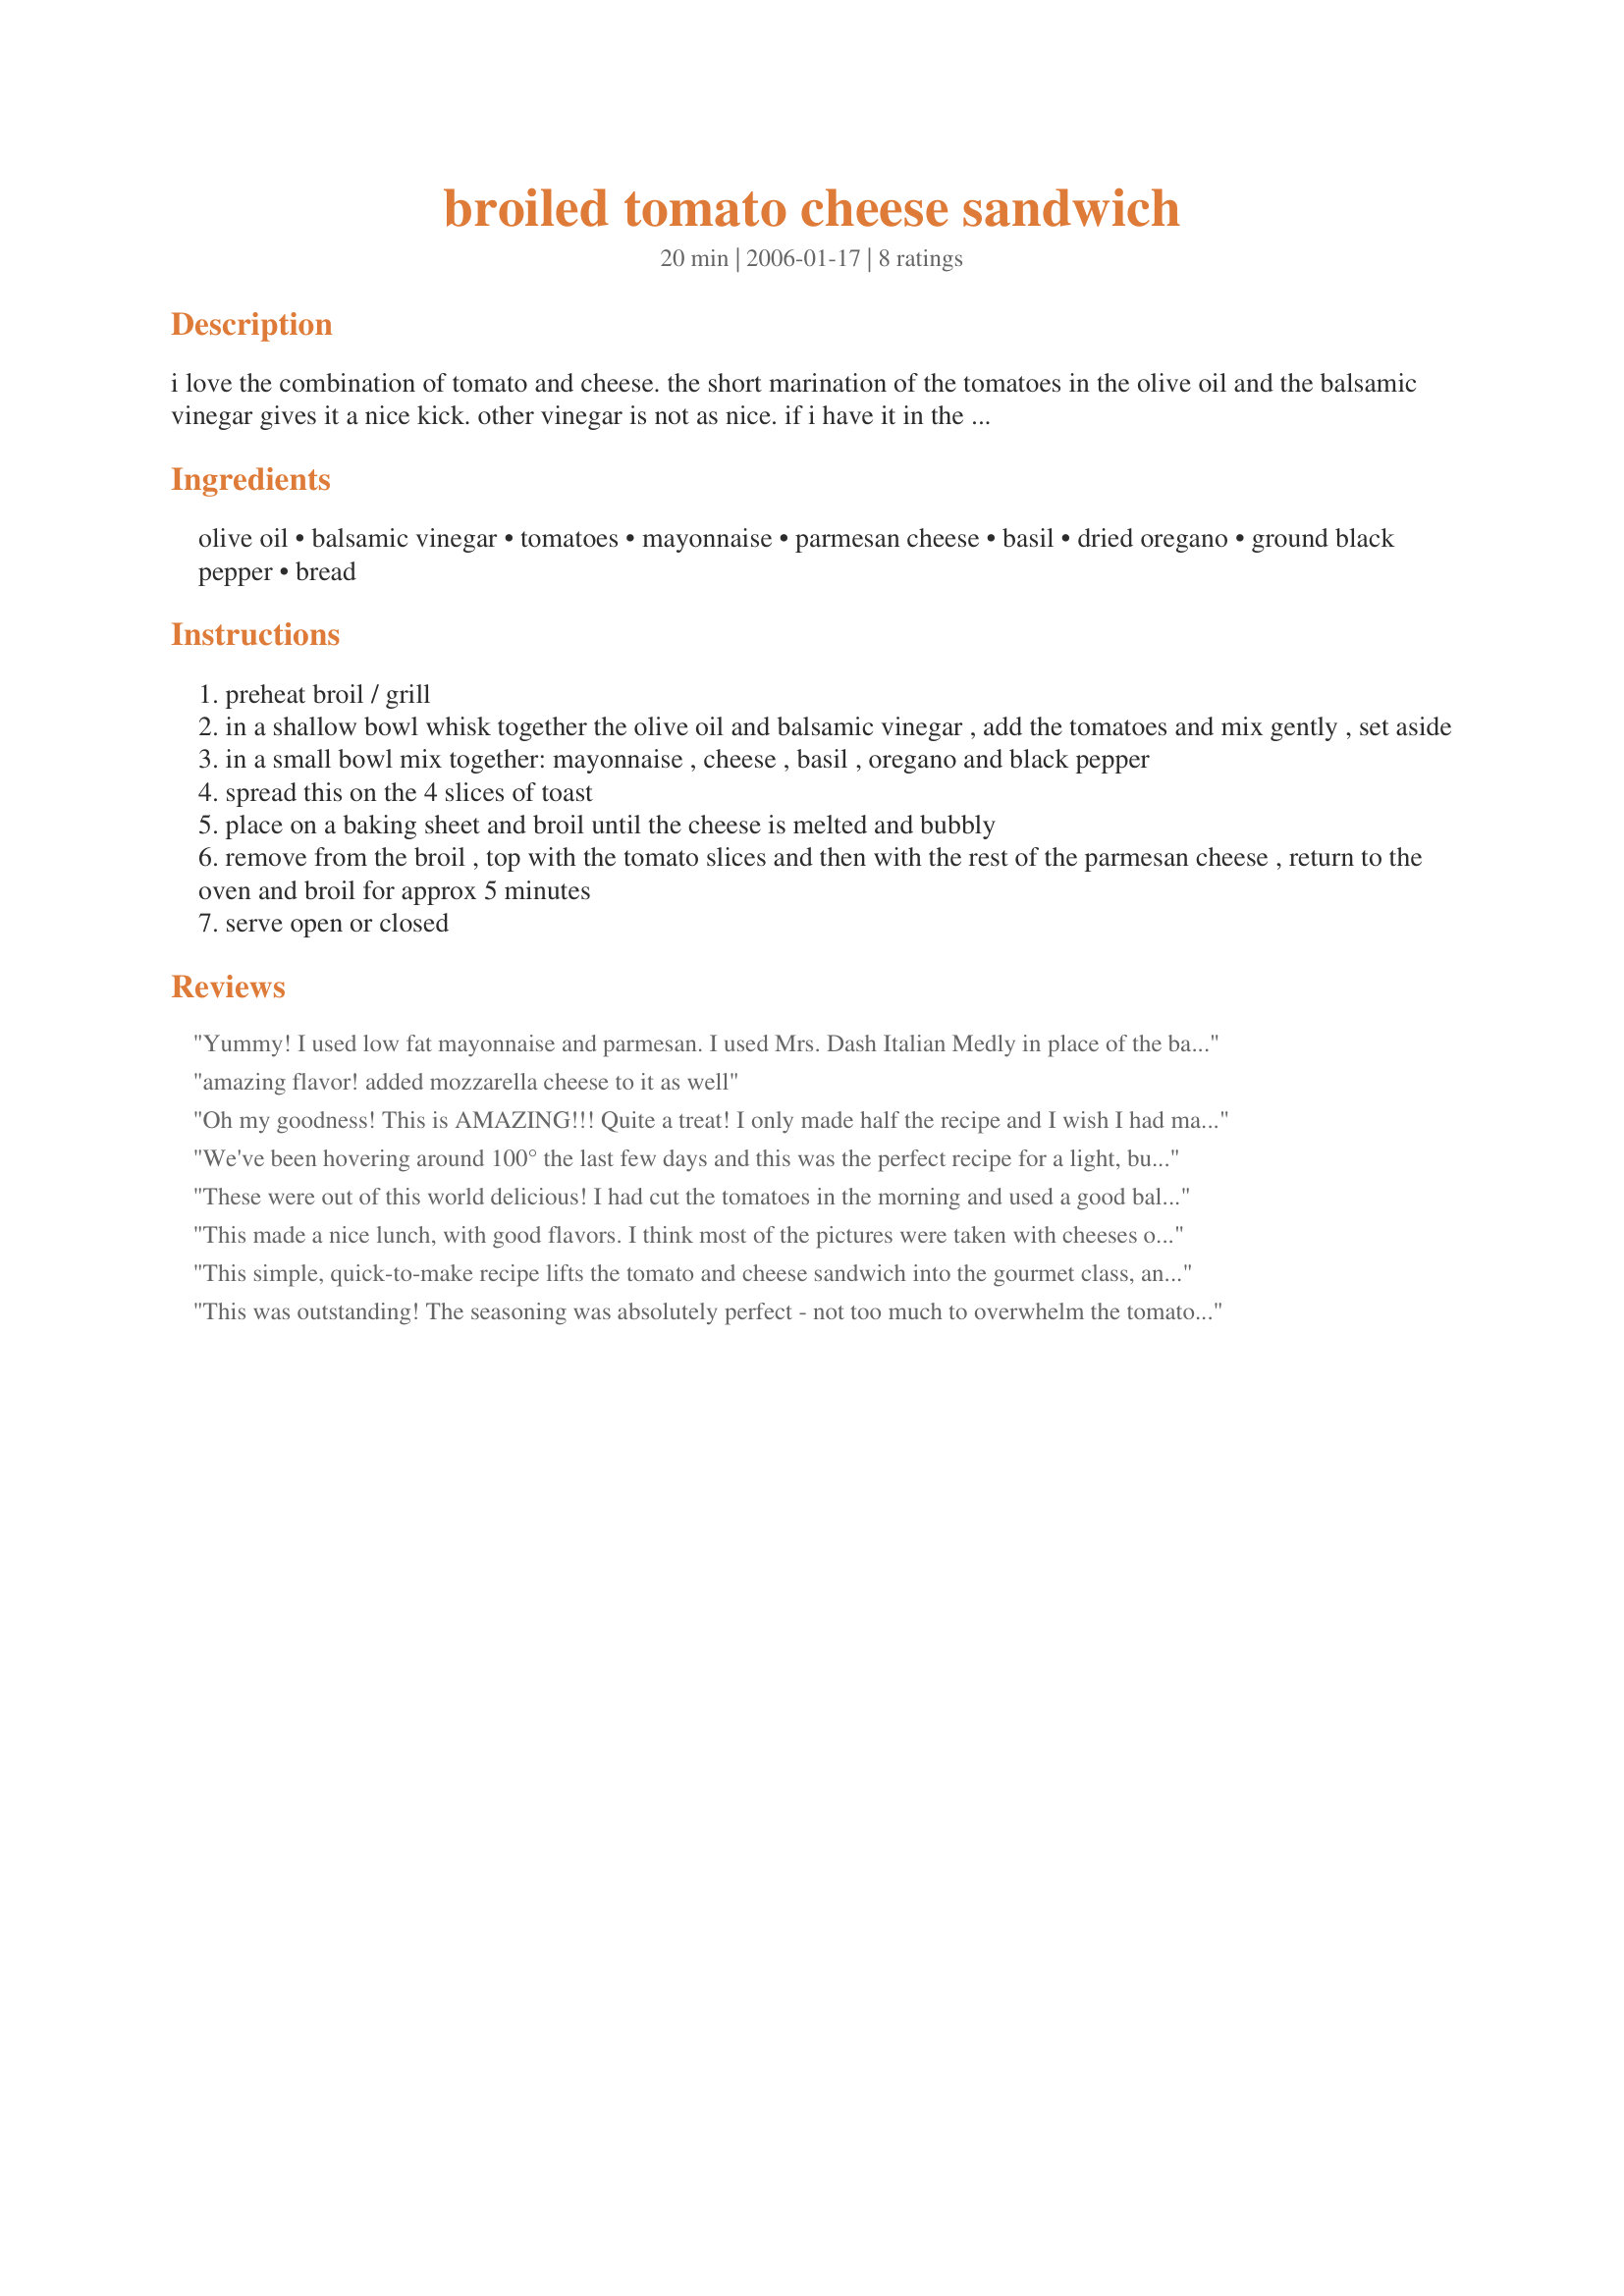
broiled tomato cheese sandwich
Preparation time: 20 minutes

i love the combination of tomato and cheese.
the short marination of the tomatoes in the olive oil and the balsamic vinegar gives it a nice kick. other vinegar is not as nice. if i have it in the fridge i add an extra topping of mozzarella and you can please the meat eaters by adding slices of crunchy bacon.
you can make it a closed sandwich by just toasting 4 more slices of bread to top the sandwich.

Ingredients:
olive oil, balsamic vinegar, tomatoes, mayonnaise, parmesan cheese, basil, dried oregano, ground black pepper, bread

Steps:
preheat broil / grill
in a shallow bowl whisk together the olive oil and balsamic vinegar , add the tomatoes and mix gently , set aside
in a small bowl mix together: mayonnaise , cheese , basil , oregano and black pepper
spread this on the 4 slices of toast
place on a baking sheet and broil until the cheese is melted and bubbly
remove from the broil , top with the tomato slices and then with the rest of the parmesan cheese , return to the oven and broil for approx 5 minutes
serve open or closed

Reviews:
Yummy! I used low fat mayonnaise and parmesan. I used Mrs. Dash Italian Medly in place of the basil and oregano and then put some cracked black pepper on top of the parmesan. Thanks, Pets'R'us!
amazing flavor! added mozzarella cheese to it as well
Oh my goodness! This is AMAZING!!! Quite a treat! I only made half the recipe and I wish I had made more (and it was just for me!!!) I used light mayo, fresh torn basil and added a bit of rosemary and more basil on top! Thanks for this great sandwich that I will eat again and again! Thanks for posting! [Made for the LIVESTRONG Cook-a-thon for Pets'R'Us!!!]
We've been hovering around 100° the last few days and this was the perfect recipe for a light, but delicious dinner. I used fresh basil and mozzarella instead of Parmesan, so that DH would eat it too. The balsamic marinated tomatoes were over-the-top good! Even my toddler ate this & that was the last thing I expected to see. I'm thankful Annelies took time to post this recipe and we will remember her fondly every time we make it. Made and enjoyed for the Cook-A-Thon in her memory.
These were out of this world delicious! I had cut the tomatoes in the morning and used a good balsamic vinegar and good olive oil and marinated them until lunch time. I think using a good quality makes a difference for the taste, in my opinion anyway. Mixed up the mayo mixture and then brought everything to work to finish off there for lunch. I used fresh basil. Then I mixed a bit of mozzarella with the parmesan for the top with a bit more basil. I used the broil on low and it turned out fantastic. Thanks for sharing this yummy recipe Pets'R'us
This made a nice lunch, with good flavors. I think most of the pictures were taken with cheeses other than parmesan. We grated fresh parmesan and didn't get any of the bubbling/melting - but they were still quite good. I had some leftover caramelized onions that I added to some of these, and that made them even yummier.
This simple, quick-to-make recipe lifts the tomato and cheese sandwich into the gourmet class, and it was such a fabulous recipe for a hot evening – after a day on which the temperature had reached 109°F – as there was no need to turn on the oven. I made these in my bench-top toaster oven. Really flavoursome! The tomatoes tasted great. And I used ones which were very flavoursome. Really essential if you are to fully enjoy this recipe. I used balsamic vinegar as advised, fresh basil (yum!) and I just couldn’t resist adding some minced garlic in step 2. We ate these as open sandwiches. Thank you for a great recipe which I will be making again throughout the summer which we’ve been promised is to be long and hot.
This was outstanding! The seasoning was absolutely perfect - not too much to overwhelm the tomato but not too little either. I used an heirloom tomato from my mom's garden. I was going to use fresh oregano but forgot to get some from mom's. I used basil I grew in my apartment windows. My bread got a little dark in the broiler but not quite burned. I only did 2 minutes with the tomatoes not 5 (would definitely have been burned then!) I had the broiler on high so maybe low would have been better. Anyway, this was awesome and I'll be making it again and again in future! Thanks so much Pets! :)
